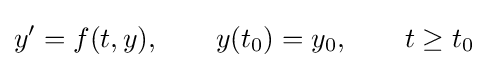
y'=f(t,y),\qquad y(t_{0})=y_{0},\qquad t\geq t_{0}